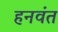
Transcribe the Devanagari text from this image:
हनवंत